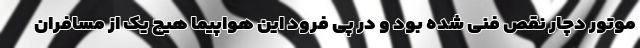
موتور دچار نقص فنی شده بود و در پی فرود این هواپیما هیچ یک از مسافران